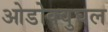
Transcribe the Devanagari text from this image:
ओडोक्वुघल